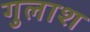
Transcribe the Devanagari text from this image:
गुलाश